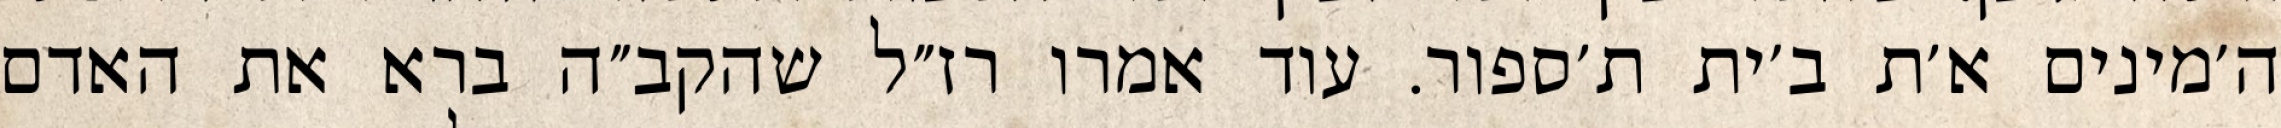
ה׳מינים א׳ת ב׳ית ת׳ספור. עוד אמרו רז״ל שהקב״ה ברא את האדם